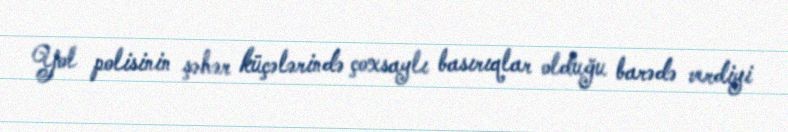
Yol polisinin şəhər küçələrində çoxsaylı basırıqlar olduğu barədə verdiyi